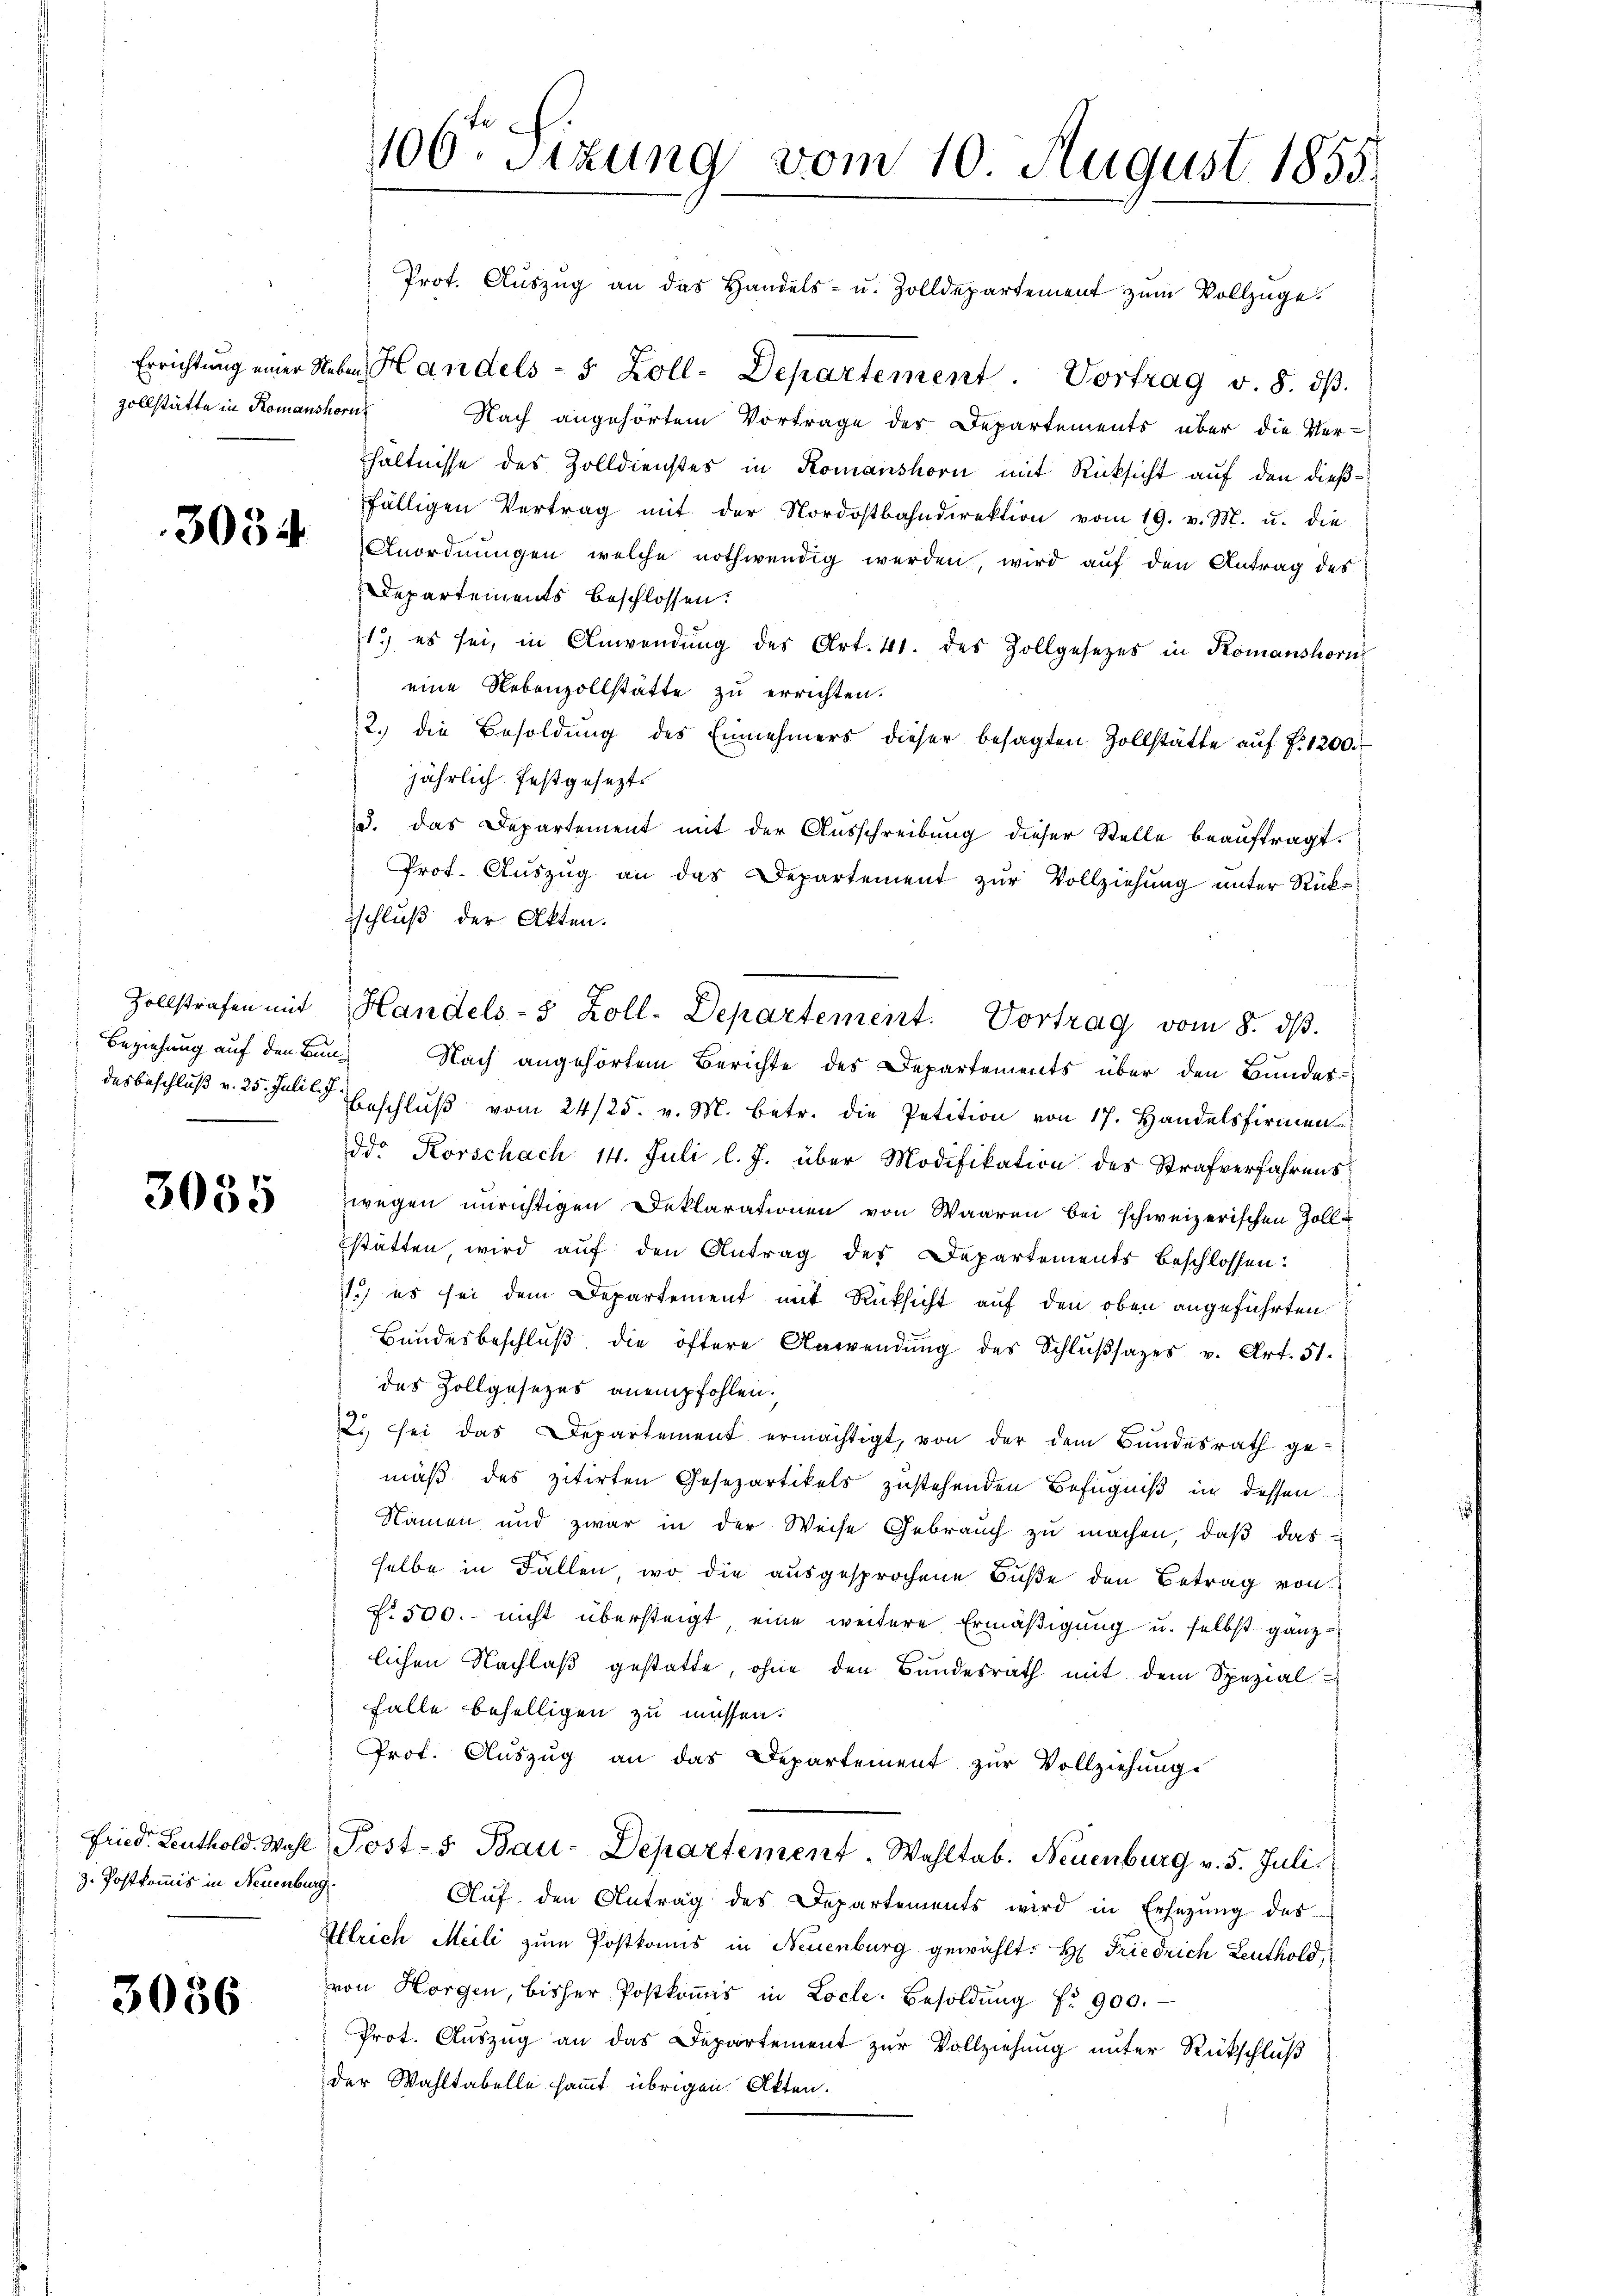
zollstätte in Romanshorn

3056

3055

z. Postkommis in Neuenburg

Prot. Aŭszŭg an das Handels- u. Zolldepartement zŭm Vollzüge.
Errichtung einer Neben, Handels- 5 Zoll-Departement. Vortrag v. 8. dβ.
Nach angehörtem Vortrage des Departements über die Ver-
hältnisse des Zolldienstes in Komanshorn mit Rücksicht auf den dießfälligen Vertrag mit der Nordostbahndirektion vom 19. v. M. u. die
05 Anordnungen, welche nothwendig werden, wird auf den Antrag des
Departements beschlossen:
1.) es sei, in Anwendung des Art. 41. des Zollgesetzes in Komanshorn
eine Nebenzollstätte zu errichten.
2.) die Besoldung des Einnehmers dieser besagten Zollstätte auf P. 1200 f
jährlich festgesezt
d. das Departement mit der Ausschreibung dieser Stelle beauftragt.
Prot. Auszug an das Departement zur Vollziehung unter Rücksschluß der Akten.
Zollstrafen mit Handels-8 Zoll. Departement. Vortrag vom 8. dβ.
Beziehung auf den Bund Nach angehörtem Berichte des Departements über den Bundes-
desbeschluß v. 25. Juli l. Beschlŭβ vom 24/25. v. M. betr. die Petition von 17. Handelsfirmen
dd. Korschach 14. Juli l. J. über Modifikation des Strafverfahrenswegen unrichtigen Deklarationen von Waaren bei schweizerischen Zolle
Estätten, wird auf den Antrag des Departements beschlossen:
1.) es sei dem Departement mit Rücksicht auf den oben angeführten
Bundesbeschlŭβ die öftere Anwendŭng des Schlŭβsazes v. Art. 51.
das Zollgesezes anempfohlen.
2. sei das Departement ermächtigt, von der dem Bundesrath ge-
mäß des zitirten Gesezartikels zustehenden Befugniß in dessen
Namen und zwar in der Weise Gebrauch zu machen, daß das
selbe in Fällen, wo die ausgesprochene Buße den Betrag von
f. 500.- nicht übersteigt, eine weitere Ermäßigung u. selbst ganz
lichen Nachlaß gestatte, ohne den Bundesrath mit dem Spezial-
Falle behelligen zu müssen.
Prof. Aŭszŭg an das Departement zur Vollziehung.
Fried. Leuthold. Wahl Post- Bau-Departement. Wahltab. Neuenburg v. 5. Juli.
Aŭf den Antrag des Departements wird in Ersetzŭng des
Elrich Meili zum Postkomis in Neuenburg gewählt: H: Friedrich Leuthold,
von Horgen, bisher Postkoṁis in Locle. Besoldŭng fr. 900.
Prot. Auszug an das Departement zur Vollziehung unter Rückschluß
der Wahltabelle sammt übrigen Akten.

100. Sizung vom 10. August 1855.